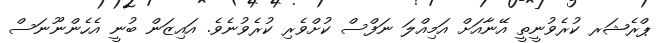
ޕްރެޝަރ ކުރެވުނީތީ އޭނާއަށް އަމިއްލަ ނަފްސް ކުށްވެރި ކުރެވުނެވެ. އައިޒަން ބުނީ އެހެންނޫނަސް